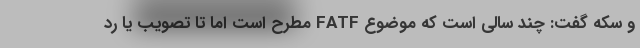
و سکه گفت: چند سالی است که موضوع FATF مطرح است اما تا تصویب یا رد